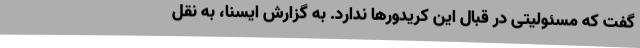
گفت که مسئولیتی در قبال این کریدورها ندارد. به گزارش ایسنا، به نقل